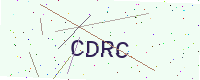
Text: CDRC